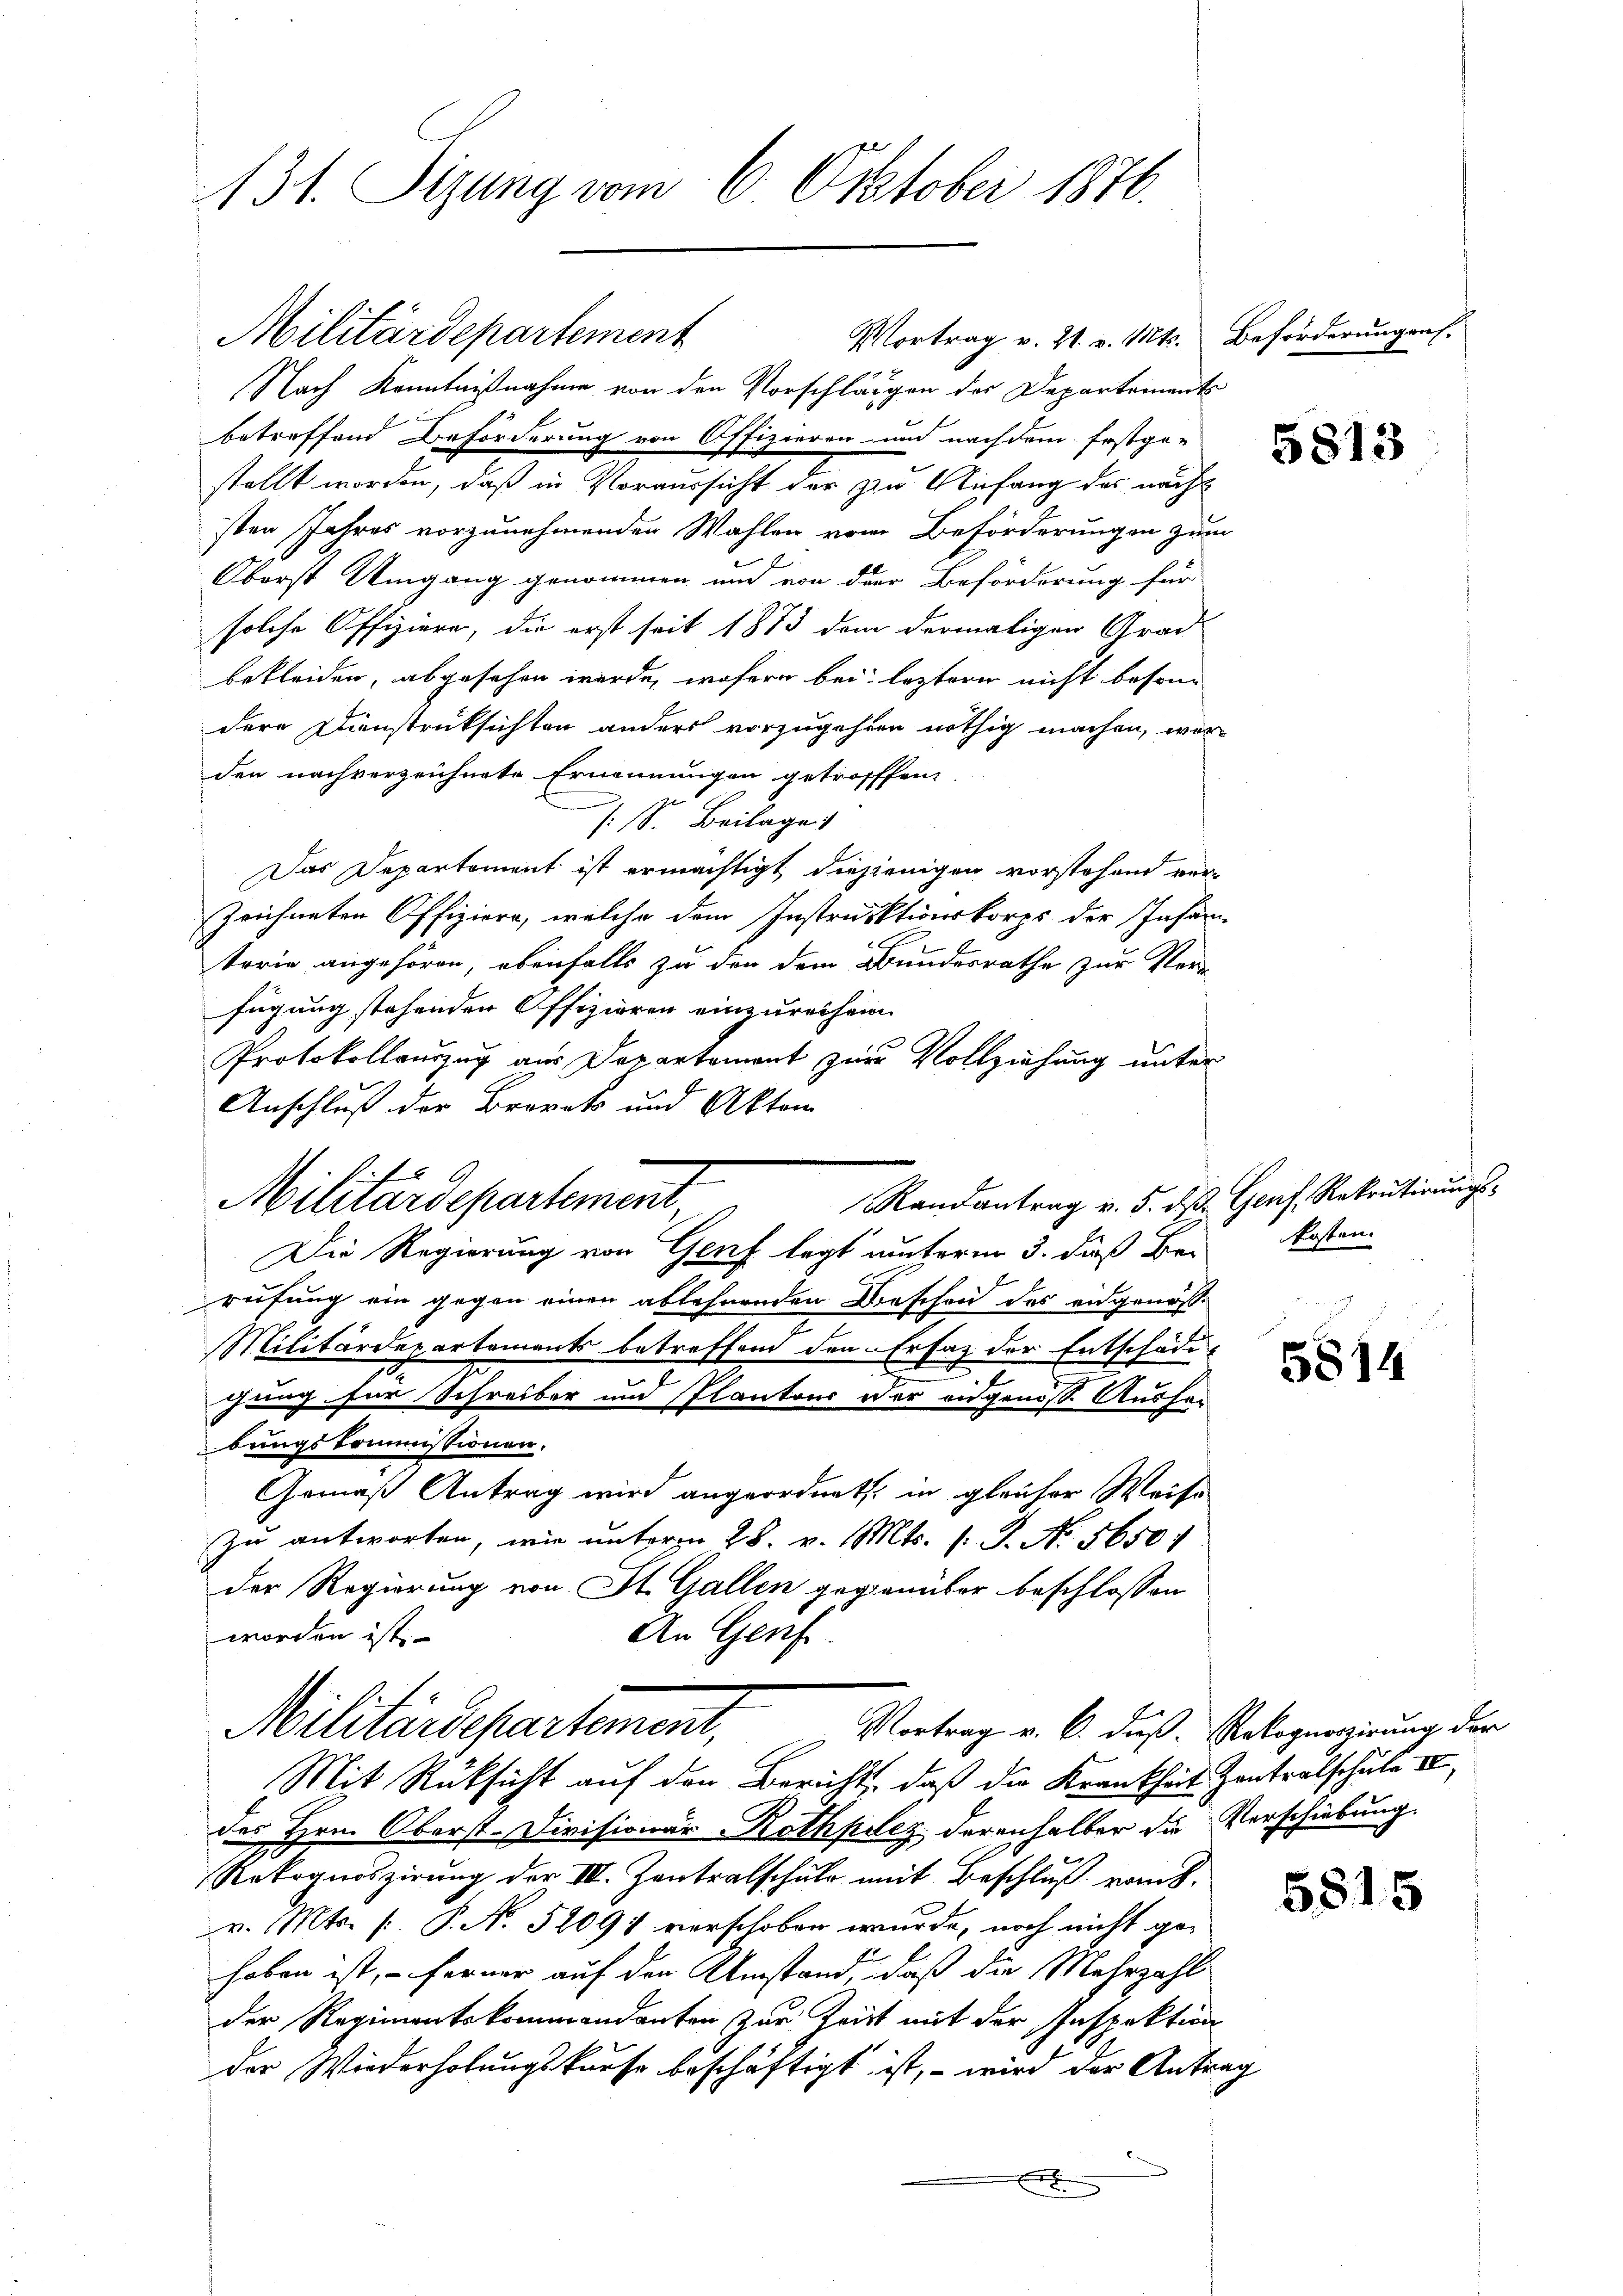
31. Sizung vom 6. Oktober 1876.

Militärdepartement

Militärdepartement

Vortrag v. 21. v. Mts. Beförderungens-
Nach Kenntnißnahme von den Vorschläggen der Departements
2
betreffend Beförderung von Offizieren und nachdem festge-
stellt worden, daß in Voraussicht der zur Anfang des nächsten Jahres vorzunehmenden Wahlen vom Beförderungen zum
Oberst Umgang genommen und von der Beförderung für
solche Offiziere, die erst seit 1873 dem dermaligen Grad
bekleiden, abgesehen werde, wofern bei leztern nicht besond
dere Dienstrücksichten anders vorzugehen nöthig machen, wer-
den nachverzeichnete Ernennungen getrofffen,
.
: S. Beilage
Das Departement ist ermächtigt diejenigen vorstehend ver-
zeichneten Offiziere, welche dem Instruktionskorps der Infan
terie angehören, ebenfalls zu den dem Bundesrathe zur Ver-
fügung stehenden Offizieren einzureihen
Protokollauszug aus Departement zur Vollziehung unter
Anschluß der Brorats und Akten
Die Regierung von Genf legt unterm 3. daß Berufung ein gegen einen ablehnenden Beschen des eidgenös¬
Militärdepartements betreffend den Ersatz der Entschädi¬
.
chung für Schreiber um Plantons der angenoss. Ausfe
bungskommissionen.
Gemäß Antrag wird angeordnet in gleicher Weise
zu antworten, wie unterm 28. v. Mts. (: P. Nr. 5650 f
der Regierung von St. Gallen gegenüber beschlossen
An Genf.
worden ist.
Militärdepartement,
Vortrag v. C. dieß. Rekognoszirung der
Mit Rücksicht auf den Berichts, daß die Krankheit Zentralschule III,
des Hrn. Oberst-Divisionär Rothpelez derenhalber die
Rekognoszirung der III. Zentralschule mit Beschluß vom 8.
v. Mts. (: P. N. 52091 verschoben wurde, noch nicht gehaben ist, – ferner auf der Umstand, daß die Mehrzahl
der Regimentskommendanten zur Zeit mit der Inspektion
der Wiederholungskurse beschäftigt ist, – wird der Antra¬

e

Randantrag v. 5. ds. Genf, Rekrutirŭngs-

5813

kosten.

5814

Verschiebung.

5815